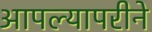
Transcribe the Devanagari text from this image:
आपल्यापरीने